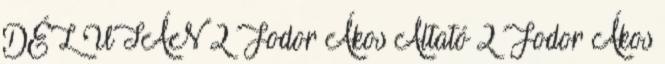
DÉL UTÁN 2 Fodor Ákos Altató 2 Fodor Ákos